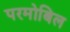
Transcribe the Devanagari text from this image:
परमोबिल